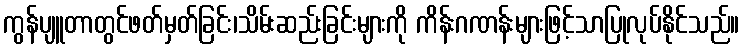
ကွန်ပျူတာတွင်ဖတ်မှတ်ခြင်း၊သိမ်းဆည်းခြင်းများကို ကိန်းဂဏန်းများဖြင့်သာပြုလုပ်နိုင်သည်။